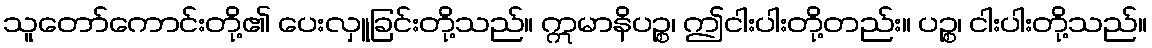
သူတော်ကောင်းတို့၏ ပေးလှူခြင်းတို့သည်။ ဣမာနိပဉ္စ၊ ဤငါးပါးတို့တည်း။ ပဉ္စ၊ ငါးပါးတို့သည်။